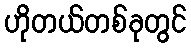
ဟိုတယ်တစ်ခုတွင်